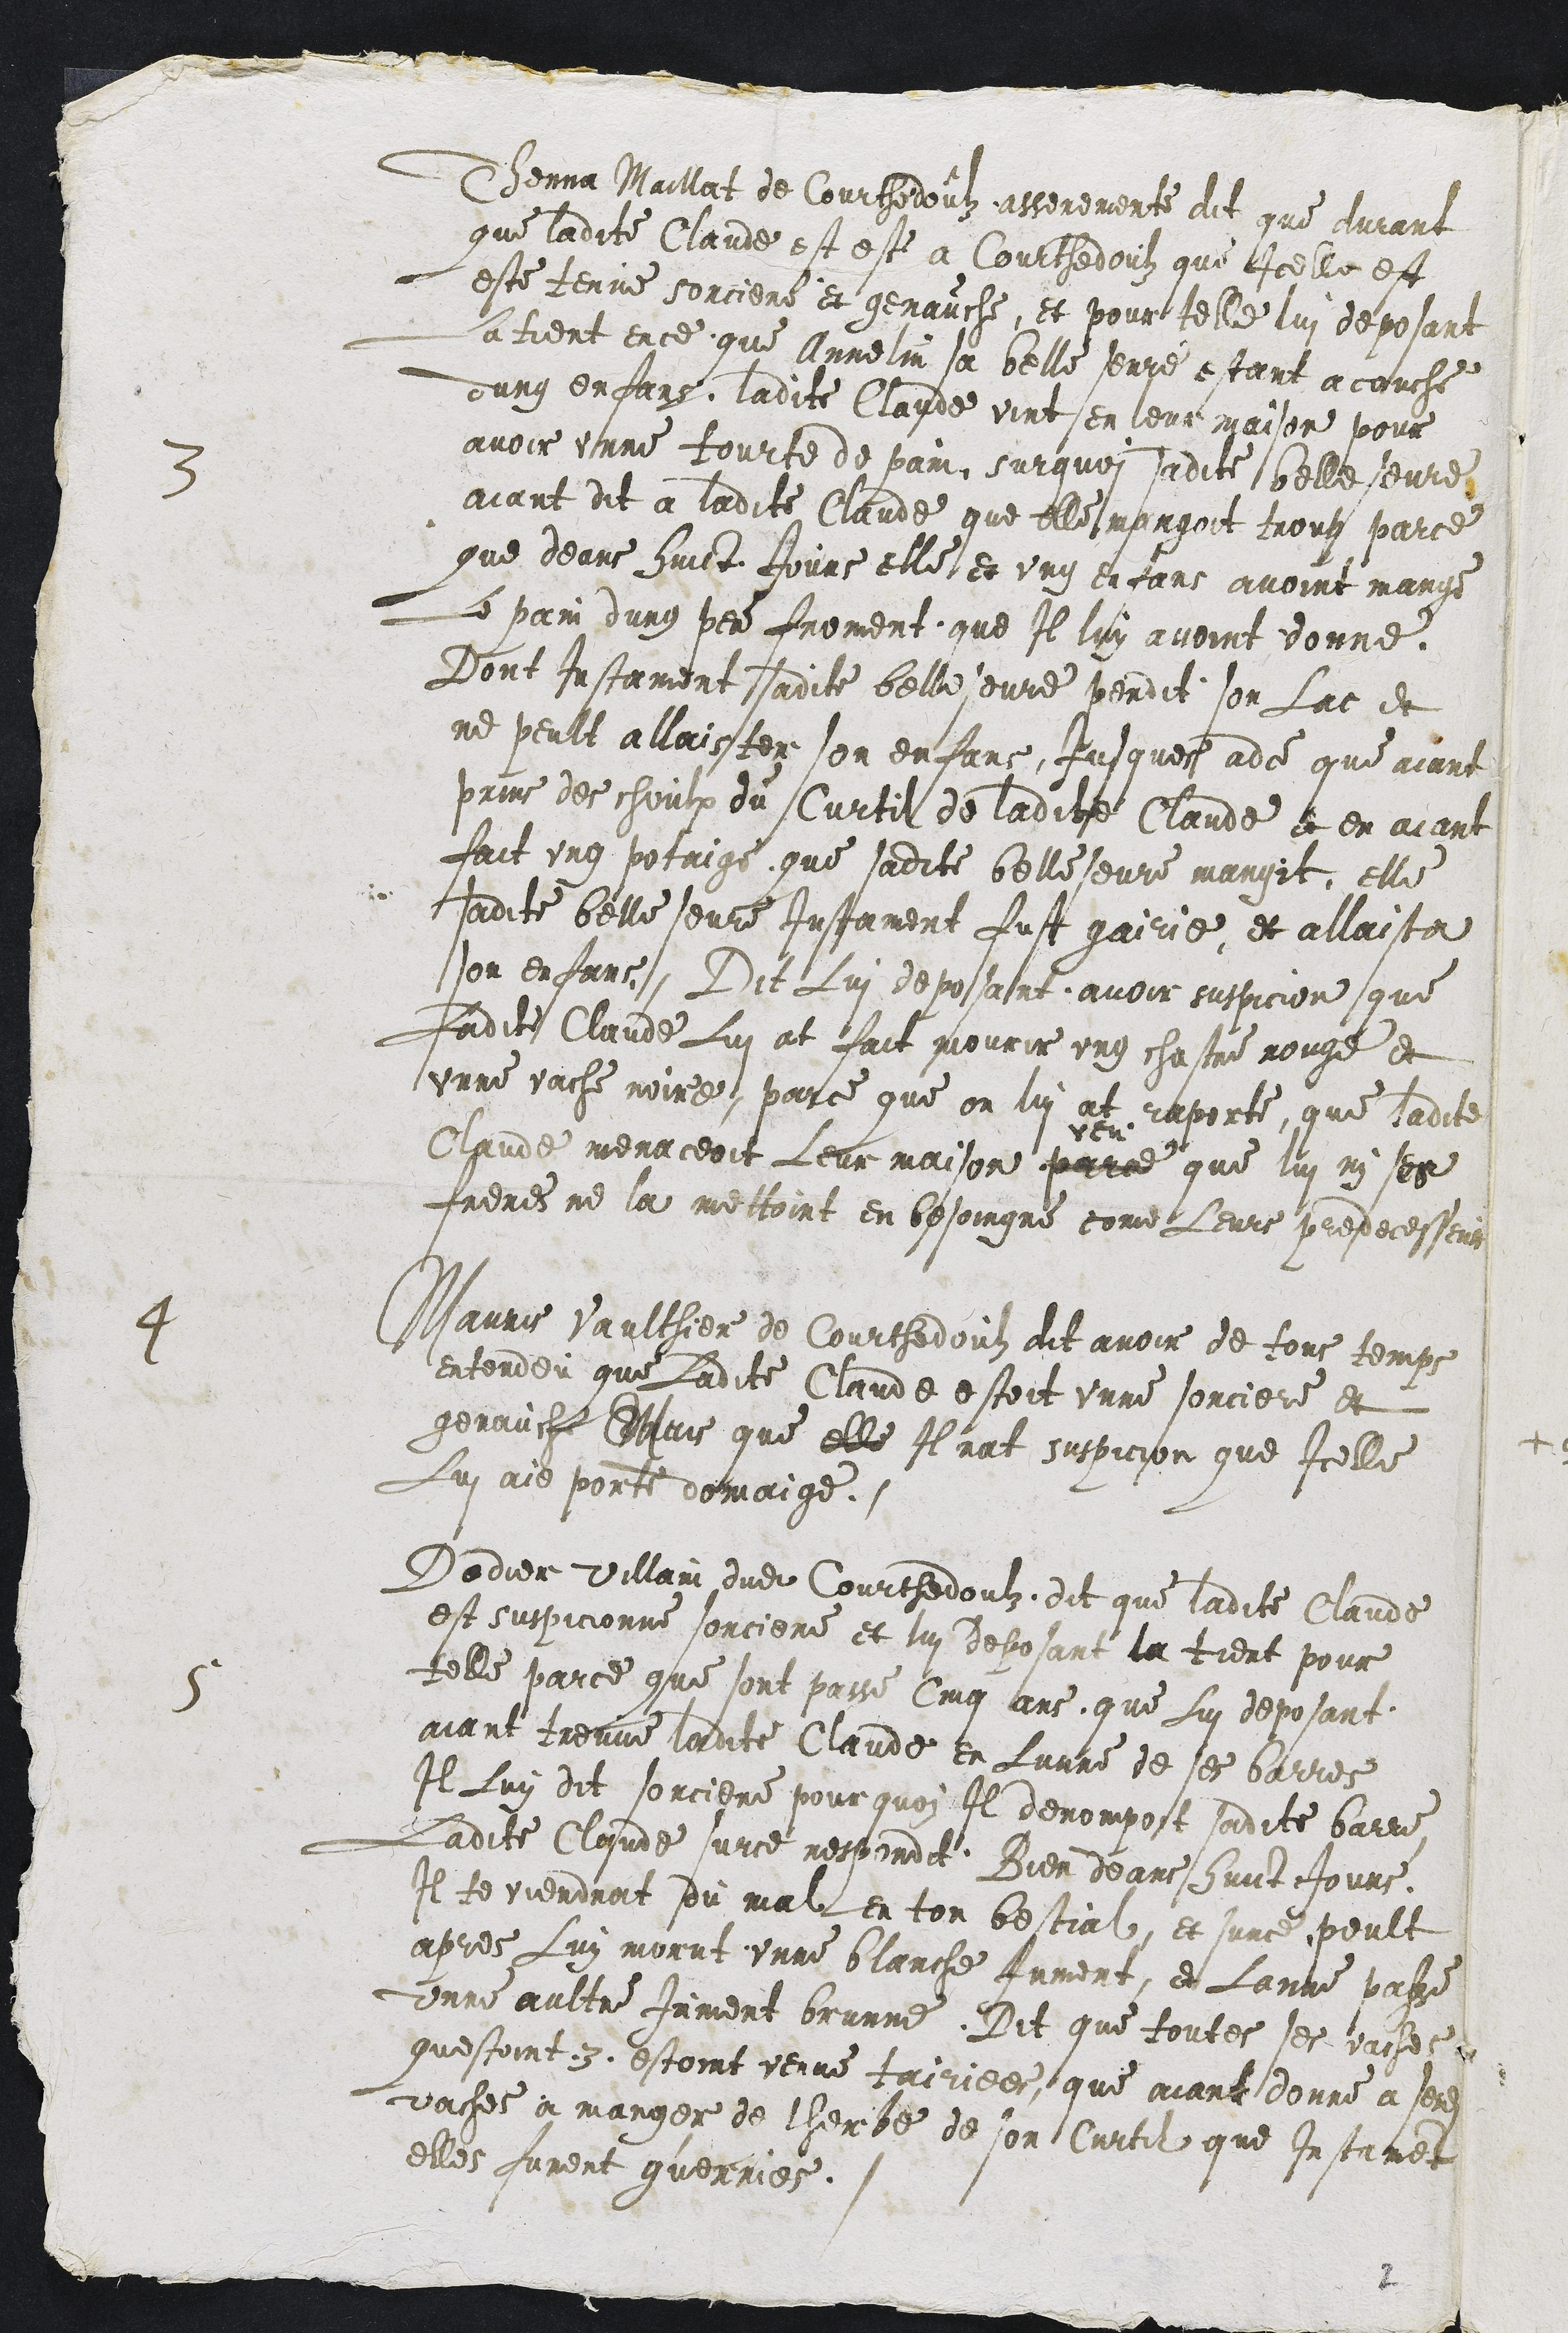
9. Jein Mmrs enge seamint 1 pae anis
que ladite Claude est este a Courthedoulz que Icelle est
este tenue sorciere et genauche, et pour telle lui deposant
sa tient ence que Annelin sa belle serre estant a couche
dung enfans ladite Claude vint en leur maison pour
avoir unne tourte de pain, surquoi sadite belle seure
aiant dit a ladite Claude que elle mangoit troup parce
que deans huict Jours elle et ung enfans avoint mange
Le pain dung pere froment que Il luy avoint donne
Dont Instament sadite belle seure pendit son lac et
ne peult allaister son enfans, jusques adce que aiant
prins des choulx du Curtil de ladite Claude et en aiant
fait ung potaige que sadite belleseure mangit, elle
Ladite belle seure iustament fust gairie et allaista
son enfans, Dit Lui deposant avoir suspicion que
Ladite Claude Lui at fait mourir ung chastre nouge et
unne vache noire, parce que on lui at raporte, que ladite
Claude menaceoit Leur maison
uln
parce que lui nyi ses
Frenes ne la mestoint en besoingne come Leurs predecesseis
4 Marrie Vaulther de Courtedoutz dit avoir de tous temps
entendeu que Ladite Claude estoit unne sorciere et
genauche Mais que elle Ilnat suspicion que Icelle
Lui aie port domaige.
5 Soder vilain dudit Courtedouz, det que ladite Claude
est suspicionne sorciere et lui deposant la tient pour
telle parce que sont passe cinq ans que Lui deposant.
aiant treuve ladite Claude en lunne de ses barres
Il Luy dit sorciere pourquoy Il denompost sadite barre
Ladite Claude surce respondit. Dieu deans huict Jours
Il teviendrot du mal en ton bestial, et sunc peult
apres luy morut unne blanche Jument, et Lanne passe
unne aultre jument brunne. Dit que toutes ses vaches
questoint 3 estoint venue fairiees que aiant donne a sent
vases a manger de therbe de son Curtil que Instrment
elles furent guerries.

1